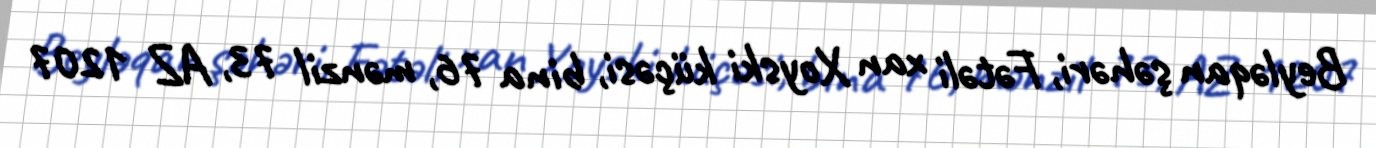
Beyləqan şəhəri, Fətəli xan Xoyski küçəsi, bina 76, mənzil 73, AZ 1207